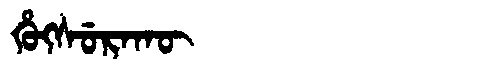
Manchu: ᡥᡠᡴᠰᡠᡵᠠᡴᡡ
Romanization: HUKSURAKŪ